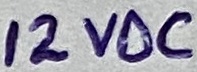
Text: 12VDC